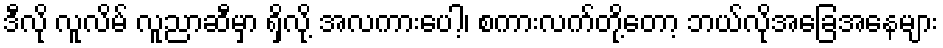
ဒီလို လူလိမ် လူညာဆီမှာ ရှိလို့ အလကားပေါ့၊ စကားလက်တို့တော့ ဘယ်လိုအခြေအနေများ